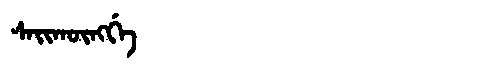
Manchu: ᠰᠠᡳᡴᡡᠩᡤᡝ
Romanization: SAIKŪNGGE